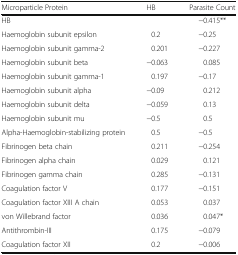
| Microparticle Protein | HB | Parasite Count |
 | --- | --- | --- |
 | HB |  | −0.415** |
 | Haemoglobin subunit epsilon | 0.2 | −0.25 |
 | Haemoglobin subunit gamma-2 | 0.201 | −0.227 |
 | Haemoglobin subunit beta | −0.063 | 0.085 |
 | Haemoglobin subunit gamma-1 | 0.197 | −0.17 |
 | Haemoglobin subunit alpha | −0.09 | 0.212 |
 | Haemoglobin subunit delta | −0.059 | 0.13 |
 | Haemoglobin subunit mu | −0.5 | 0.5 |
 | Alpha-Haemoglobin-stabilizing protein | 0.5 | −0.5 |
 | Fibrinogen beta chain | 0.211 | −0.254 |
 | Fibrinogen alpha chain | 0.029 | 0.121 |
 | Fibrinogen gamma chain | 0.285 | −0.131 |
 | Coagulation factor V | 0.177 | −0.151 |
 | Coagulation factor XIII A chain | 0.053 | 0.037 |
 | von Willebrand factor | 0.036 | 0.047* |
 | Antithrombin-III | 0.175 | −0.079 |
 | Coagulation factor XII | 0.2 | −0.006 |